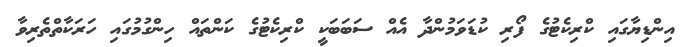
އިންޑިޔާގައި ކްރިކެޓުގެ ފޯރި ކުޑަވަމުންދާ އެއް ސަބަބަކީ ކްރިކެޓުގެ ކަންތައް ހިންގުމުގައި ހަރަކާތްތެރިވާ